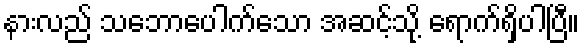
နားလည် သဘောပေါက်သော အဆင့်သို့ ရောက်ရှိပါပြီ။